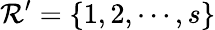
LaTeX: \mathcal{R}^{\prime}=\{ 1,2,\cdots,s\}